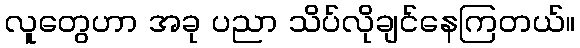
လူတွေဟာ အခု ပညာ သိပ်လိုချင်နေကြတယ်။